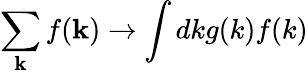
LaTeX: \sum_{\mathbf k}f({\mathbf k})\to\int dkg(k)f(k)